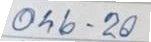
046 - 20